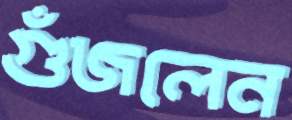
গুঁজলেন